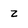
Character: z